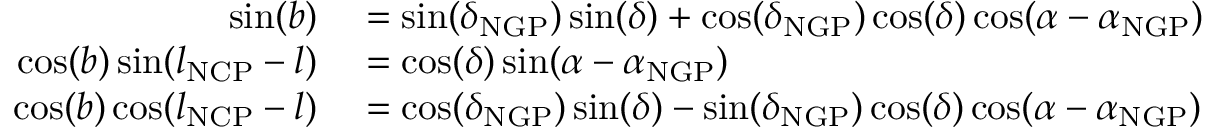
\begin{array} { r l } { \sin ( b ) } & { { } = \sin ( \delta _ { \mathrm { N G P } } ) \sin ( \delta ) + \cos ( \delta _ { \mathrm { N G P } } ) \cos ( \delta ) \cos ( \alpha - \alpha _ { \mathrm { N G P } } ) } \\ { \cos ( b ) \sin ( l _ { \mathrm { N C P } } - l ) } & { { } = \cos ( \delta ) \sin ( \alpha - \alpha _ { \mathrm { N G P } } ) } \\ { \cos ( b ) \cos ( l _ { \mathrm { N C P } } - l ) } & { { } = \cos ( \delta _ { \mathrm { N G P } } ) \sin ( \delta ) - \sin ( \delta _ { \mathrm { N G P } } ) \cos ( \delta ) \cos ( \alpha - \alpha _ { \mathrm { N G P } } ) } \end{array}